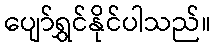
ပျော်ရွှင်နိုင်ပါသည်။